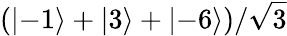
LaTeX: (\left\lvert-1\right\rangle+\left\lvert 3\right\rangle+\left\lvert-6\right\rangle)/\sqrt{3}